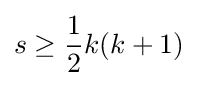
s\geq {\frac {1}{2}}k(k+1)